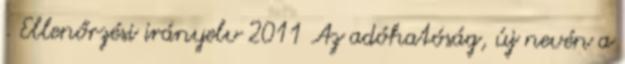
. Ellenőrzési irányelv 2011 Az adóhatóság, új nevén a